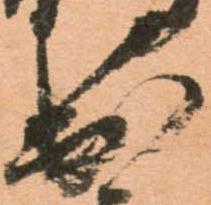
出